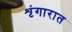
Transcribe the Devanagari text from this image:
शृंगारात